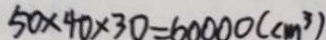
5 0 \times 4 0 \times 3 0 = 6 0 0 0 0 ( c m ^ { 3 } )